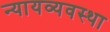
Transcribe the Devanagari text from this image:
न्‍यायव्‍यवस्‍था